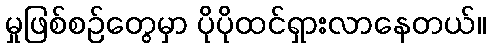
မှုဖြစ်စဉ်တွေမှာ ပိုပိုထင်ရှားလာနေတယ်။